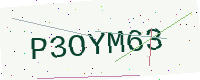
Text: P3OYM63